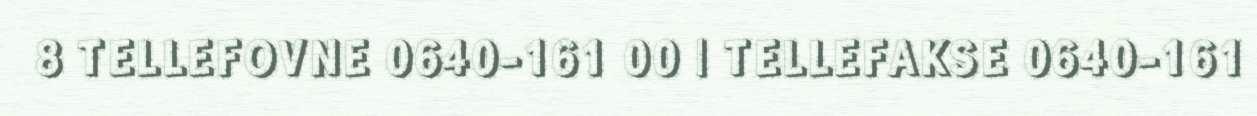
8 TELLEFOVNE 0640-161 00 | TELLEFAKSE 0640-161